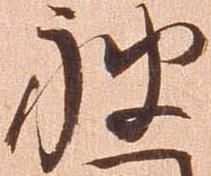
被